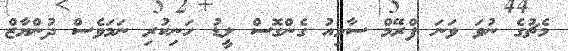
މެޗުގެ ނުވަ ވަނަ ފްރޭމް ސާމިއު ގެންގޮސް ލީޑު ހަނިކުރި ނަމަވެސް ދުންޔާޒް